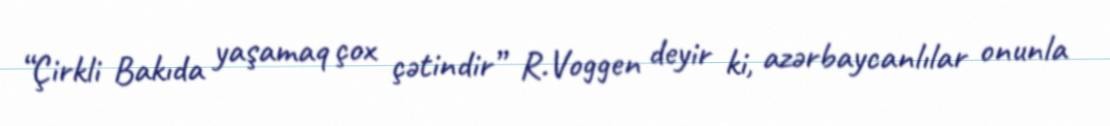
“Çirkli Bakıda yaşamaq çox çətindir” R.Voggen deyir ki, azərbaycanlılar onunla